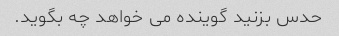
حدس بزنید گوینده می خواهد چه بگوید.